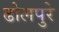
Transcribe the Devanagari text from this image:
ढोलपुरे